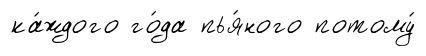
ка́ждого го́да пья́ного потому́